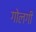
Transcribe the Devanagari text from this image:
गोलगी